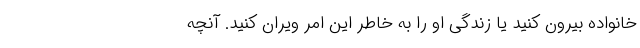
خانواده بیرون کنید یا زندگی او را به خاطر این امر ویران کنید. آنچه